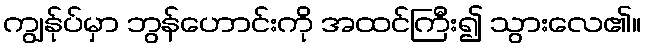
ကျွန်ုပ်မှာ ဘွန်ဟောင်းကို အထင်ကြီး၍ သွားလေ၏။